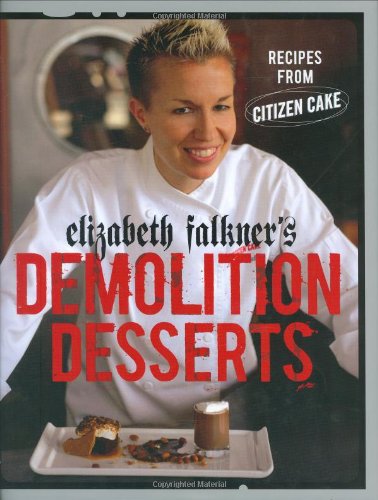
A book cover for Elizabeth Falkner's Demolition Desserts: Recipes from Citizen Cake; Elizabeth Falkner; Cookbooks, Food & Wine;